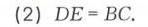
\text{第3节 左右逢源——对称法}